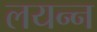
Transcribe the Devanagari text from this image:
लयन्न